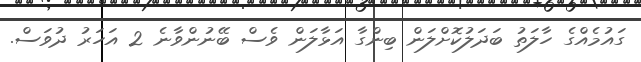
ގައުމެއްގެ ހާލަތު ބަދަލުކޮށްލަން ބިންގާ އަޅާލަން ވެސް ބޭނުންވާނެ 2 އަހަރު ދުވަސް.